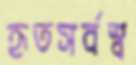
হৃতসর্বস্ব